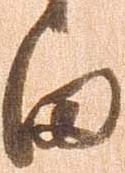
田